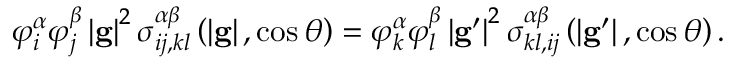
\varphi _ { i } ^ { \alpha } \varphi _ { j } ^ { \beta } \left\vert \mathbf { g } \right\vert ^ { 2 } \sigma _ { i j , k l } ^ { \alpha \beta } \left( \left\vert \mathbf { g } \right\vert , \cos \theta \right) = \varphi _ { k } ^ { \alpha } \varphi _ { l } ^ { \beta } \left\vert \mathbf { g } ^ { \prime } \right\vert ^ { 2 } \sigma _ { k l , i j } ^ { \alpha \beta } \left( \left\vert \mathbf { g } ^ { \prime } \right\vert , \cos \theta \right) \mathrm { . }